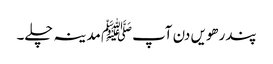
پندرھویں دن آپﷺ مدینہ چلے۔